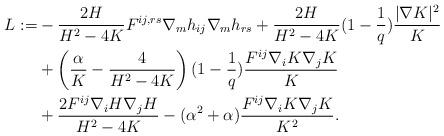
LaTeX: \begin{align*} L:=&-\frac{2H}{H^2-4K} F^{ij, rs}\nabla_m h_{ij}\nabla_m h_{rs}+\frac{2H}{H^2-4K} (1-\frac1q)\frac{|\nabla K|^2}{K}\\&+\left(\frac{\alpha}{K}-\frac{4}{H^2-4K}\right) (1-\frac1q)\frac{F^{ij}\nabla_i K\nabla_j K}{K} \\ &+\frac{2F^{ij}\nabla_iH\nabla_j H}{H^2-4K}-(\alpha^2+\alpha)\frac{F^{ij}\nabla_iK\nabla_j K}{K^2}. \end{align*}